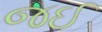
જઈ